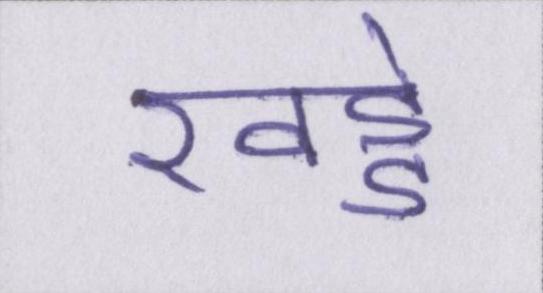
खड्डे